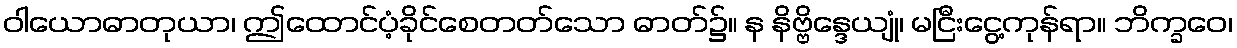
ဝါယောဓာတုယာ၊ ဤထောင်ပံ့ခိုင်စေတတ်သော ဓာတ်၌။ န နိဗ္ဗိန္ဒေယျုံ၊ မငြီးငွေ့ကုန်ရာ။ ဘိက္ခဝေ၊